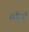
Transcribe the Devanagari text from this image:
लैंडर्ट